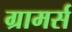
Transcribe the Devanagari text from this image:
ग्रामर्स